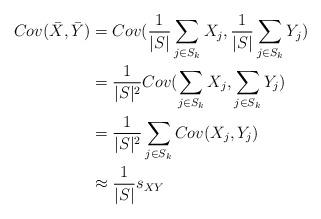
LaTeX: \begin{align*}\begin{aligned}Cov(\bar{X},\bar{Y}) &=Cov(\frac{1}{|S|}\sum_{j\in S_k} X_j,\frac{1}{|S|}\sum_{j\in S_k} Y_j)\\&=\frac{1}{|S|^2}Cov(\sum_{j\in S_k} X_j,\sum_{j\in S_k} Y_j)\\&=\frac{1}{|S|^2}\sum_{j\in S_k} Cov(X_j,Y_j)\\&\approx \frac{1}{|S|}s_{XY}\\\end{aligned}\end{align*}